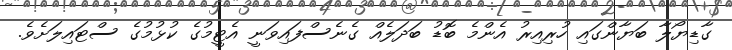
ގާޑިޔޯލާ ބަޔާންގައި ހުރިއިރު އެންމެ ބޮޑު ބަދަލެއް ގެނެސްފައިވަނީ އެޓީމުގެ ކުޅުމުގެ ސްޓައިލަށެވެ.